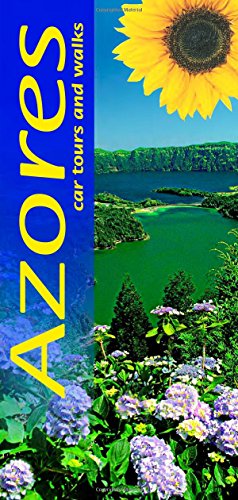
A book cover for Azores: A Countryside Guide (Sunflower Landscapes); Andreas Stieglitz; Travel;